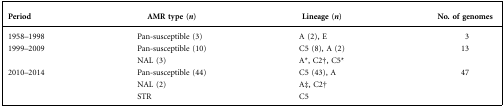
| Period | AMR type (n) | Lineage (n) | No. of genomes |
 | --- | --- | --- | --- |
 | 1958–1998 | Pan-susceptible (3) | A (2), E | 3 |
 | 1999–2009 | Pan-susceptible (10) | C5 (8), A (2) | 13 |
 |  | NAL (3) | A*, C2†, C5* |  |
 | 2010–2014 | Pan-susceptible (44) | C5 (43), A | 47 |
 |  | NAL (2) | A‡, C2† |  |
 |  | STR | C5 |  |